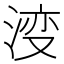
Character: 𣷷